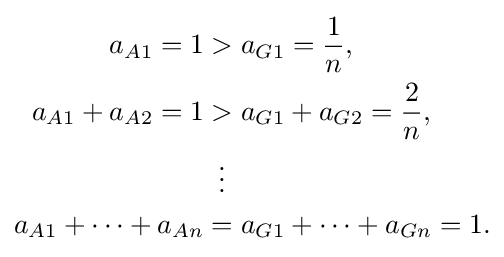
{\begin{aligned}a_{A1}=1&>a_{G1}={\frac {1}{n}},\\a_{A1}+a_{A2}=1&>a_{G1}+a_{G2}={\frac {2}{n}},\\&\,\,\,\vdots \\a_{A1}+\cdots +a_{An}&=a_{G1}+\cdots +a_{Gn}=1.\end{aligned}}